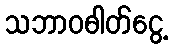
သဘာဝဓါတ်ငွေ့